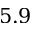
5 . 9